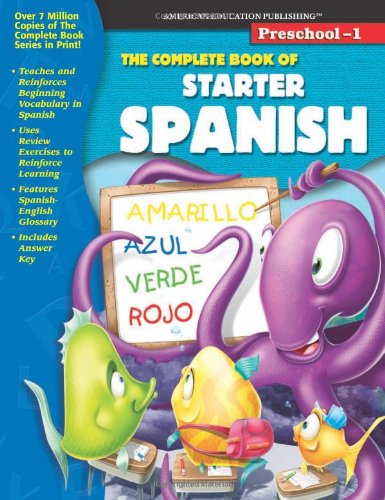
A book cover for The Complete Book of Starter Spanish, Grades Preschool - 1; Children's Books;